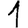
Digit: 1